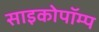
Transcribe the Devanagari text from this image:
साइकोपॉम्प